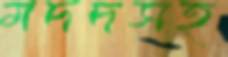
মদদসহ